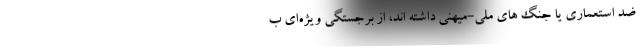
ضد استعماری یا جنگ های ملی-میهنی داشته اند‌، از برجستگی ویژه‌ای ب